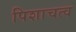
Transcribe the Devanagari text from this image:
पिशाचत्व